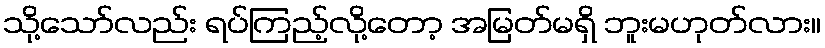
သို့သော်လည်း ရပ်ကြည့်လို့တော့ အမြတ်မရှိ ဘူးမဟုတ်လား။